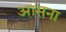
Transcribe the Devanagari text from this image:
आसना